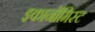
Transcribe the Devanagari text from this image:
इकानॉमिस्ट